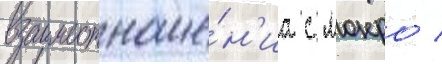
взаимоотноше́н'иа с монро /